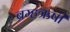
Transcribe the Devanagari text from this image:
ब्रम्हऋषी